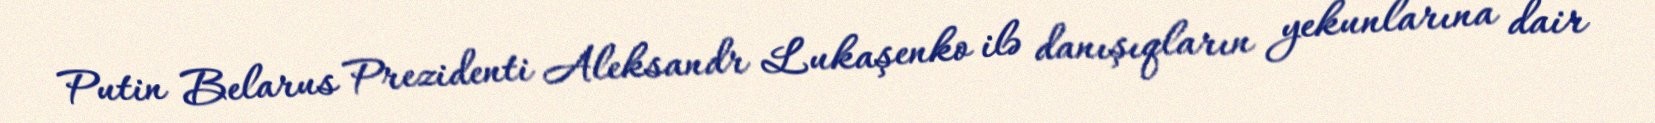
Putin Belarus Prezidenti Aleksandr Lukaşenko ilə danışıqların yekunlarına dair